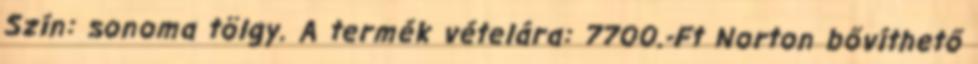
Szín: sonoma tölgy. A termék vételára: 7700.-Ft Norton bővíthető